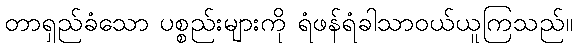
တာရှည်ခံသော ပစ္စည်းများကို ရံဖန်ရံခါသာဝယ်ယူကြသည်။